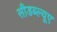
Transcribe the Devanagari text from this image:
सीडब्ल्यूए